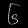
Digit: ၆